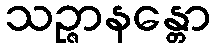
သဉ္ဇာနန္တော